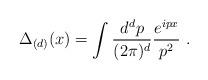
LaTeX: \begin{align*}\Delta_{(d)}(x) = \int {d^{d} p\over (2\pi)^{d}}{e^{ipx} \over p^2} \ .\end{align*}